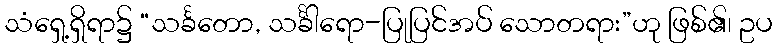
သံရှေ့ရှိရာ၌ “သင်္ခတော, သင်္ခါရော-ပြုပြင်အပ် သောတရား”ဟု ဖြစ်၏၊ ဥပ